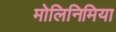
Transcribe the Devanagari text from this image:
मोलिनिमिया